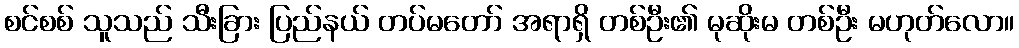
စင်စစ် သူသည် သီးခြား ပြည်နယ် တပ်မတော် အရာရှိ တစ်ဦး၏ မုဆိုးမ တစ်ဦး မဟုတ်လော။